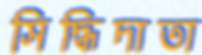
সিদ্ধিদাতা